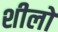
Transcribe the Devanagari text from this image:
शीलों